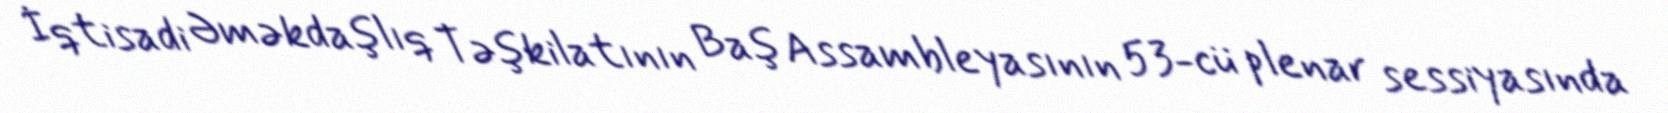
İqtisadi Əməkdaşlıq Təşkilatının Baş Assambleyasının 53-cü plenar sessiyasında